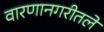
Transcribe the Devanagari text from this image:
वारणानगरीतले